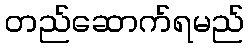
တည်ဆောက်ရမည်